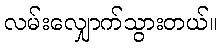
လမ်းလျှောက်သွားတယ်။